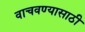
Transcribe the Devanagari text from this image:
वाचवण्‍यासाठी